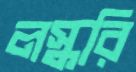
লস্করি